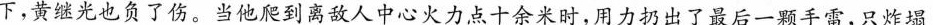
下，黄继光也负了伤。当他爬到离敌人中心火力点十余米时，用力扔出了最后一颗手雷，只炸塌